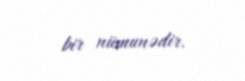
bir nümunədir.